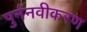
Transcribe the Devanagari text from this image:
पुर्ननवीकरण